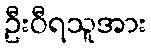
ဦးဝီရသူအား